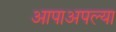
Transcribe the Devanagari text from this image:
आपाअपल्या